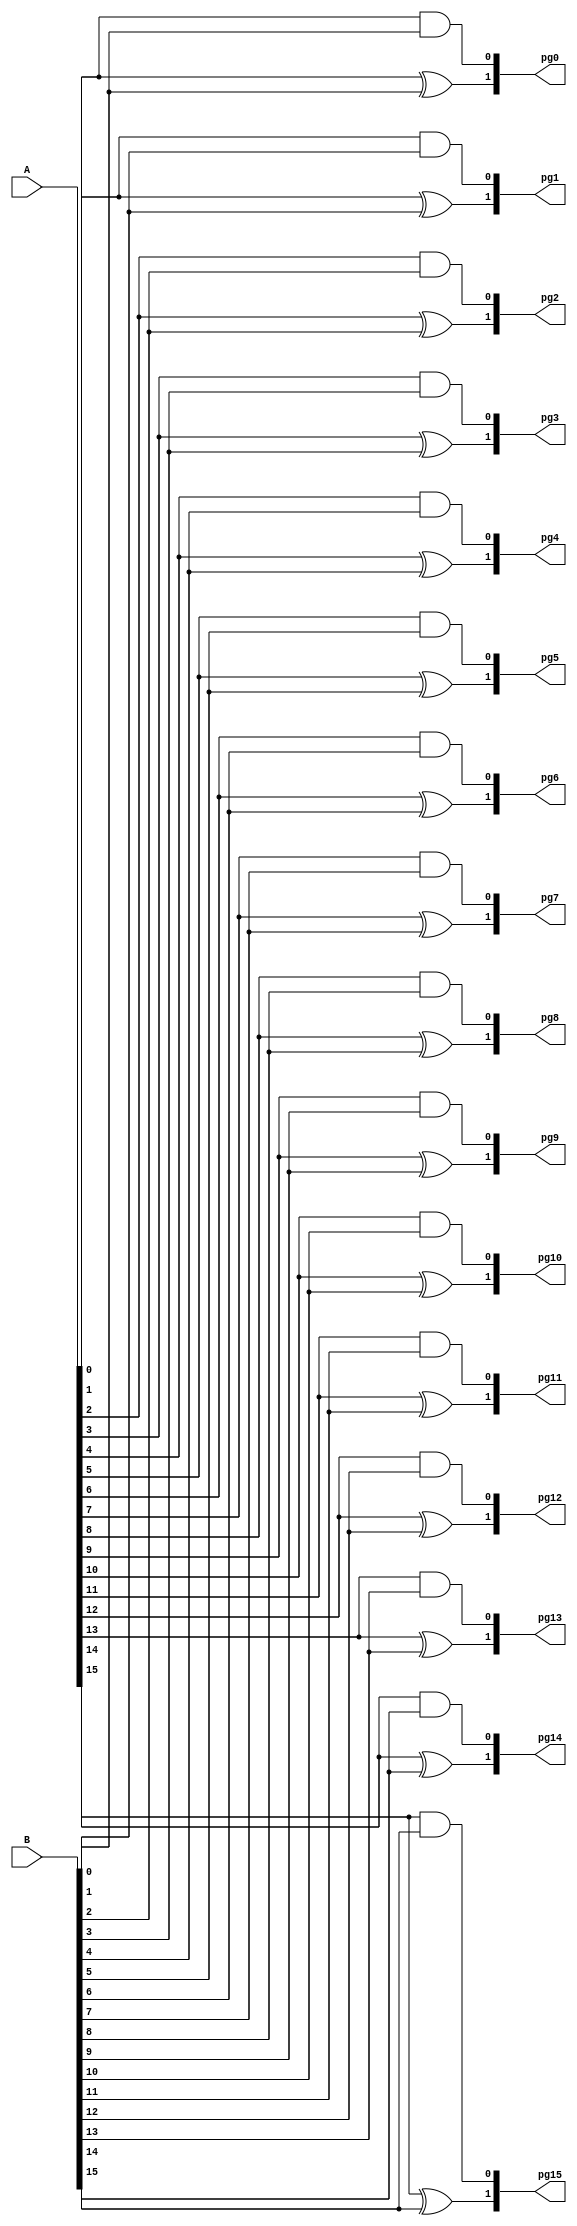
module pg16 (A, B, pg15, pg14, pg13, pg12, pg11, pg10, pg9, pg8, pg7, pg6, pg5, pg4, pg3, pg2, pg1, pg0);
    input [15:0] A, B;
    output [1:0] pg15, pg14, pg13, pg12, pg11, pg10, pg9, pg8, pg7, pg6, pg5, pg4, pg3, pg2, pg1, pg0;
    
wire andout0, xorout0;
wire andout1, xorout1;
wire andout2, xorout2;
wire andout3, xorout3;
wire andout4, xorout4;
wire andout5, xorout5;
wire andout6, xorout6;
wire andout7, xorout7;
wire andout8, xorout8;
wire andout9, xorout9;
wire andout10, xorout10;
wire andout11, xorout11;
wire andout12, xorout12;
wire andout13, xorout13;
wire andout14, xorout14;
wire andout15, xorout15;

and and0(andout0, A[0], B[0]);
xor xor0(xorout0, A[0], B[0]);
and and1(andout1, A[1], B[1]);
xor xor1(xorout1, A[1], B[1]);
and and2(andout2, A[2], B[2]);
xor xor2(xorout2, A[2], B[2]);
and and3(andout3, A[3], B[3]);
xor xor3(xorout3, A[3], B[3]);
and and4(andout4, A[4], B[4]);
xor xor4(xorout4, A[4], B[4]);
and and5(andout5, A[5], B[5]);
xor xor5(xorout5, A[5], B[5]);
and and6(andout6, A[6], B[6]);
xor xor6(xorout6, A[6], B[6]);
and and7(andout7, A[7], B[7]);
xor xor7(xorout7, A[7], B[7]);
and and8(andout8, A[8], B[8]);
xor xor8(xorout8, A[8], B[8]);
and and9(andout9, A[9], B[9]);
xor xor9(xorout9, A[9], B[9]);
and and10(andout10, A[10], B[10]);
xor xor10(xorout10, A[10], B[10]);
and and11(andout11, A[11], B[11]);
xor xor11(xorout11, A[11], B[11]);
and and12(andout12, A[12], B[12]);
xor xor12(xorout12, A[12], B[12]);
and and13(andout13, A[13], B[13]);
xor xor13(xorout13, A[13], B[13]);
and and14(andout14, A[14], B[14]);
xor xor14(xorout14, A[14], B[14]);
and and15(andout15, A[15], B[15]);
xor xor15(xorout15, A[15], B[15]);

assign pg0 = {xorout0, andout0};
assign pg1 = {xorout1, andout1};
assign pg2 = {xorout2, andout2};
assign pg3 = {xorout3, andout3};
assign pg4 = {xorout4, andout4};
assign pg5 = {xorout5, andout5};
assign pg6 = {xorout6, andout6};
assign pg7 = {xorout7, andout7};
assign pg8 = {xorout8, andout8};
assign pg9 = {xorout9, andout9};
assign pg10 = {xorout10, andout10};
assign pg11 = {xorout11, andout11};
assign pg12 = {xorout12, andout12};
assign pg13 = {xorout13, andout13};
assign pg14 = {xorout14, andout14};
assign pg15 = {xorout15, andout15};

endmodule